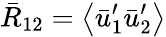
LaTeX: {\bar{R}_{12}}=\left\langle{{\bar{u}_{1}^{\prime}}{\bar{u}_{2}^{\prime}}}\right\rangle